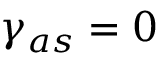
\gamma _ { a s } = 0